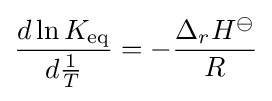
{\frac {d\ln K_{\mathrm {eq} }}{d{\frac {1}{T}}}}=-{\frac {\Delta _{r}H^{\ominus }}{R}}